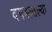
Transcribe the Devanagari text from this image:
दगडातल्या